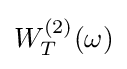
W_{T}^{(2)}(\omega )